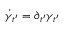
\dot { \gamma } _ { t ^ { \prime } } = \partial _ { t ^ { \prime } } \gamma _ { t ^ { \prime } }